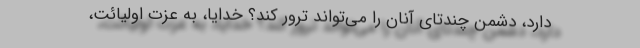
دارد، دشمن چندتای آنان را می‌تواند ترور کند؟ خدایا، به عزت اولیائت،